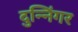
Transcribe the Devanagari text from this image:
दुन्निंगर